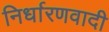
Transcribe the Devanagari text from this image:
निर्धारणवादी